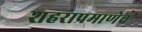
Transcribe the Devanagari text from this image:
शहराप्रमाणेच